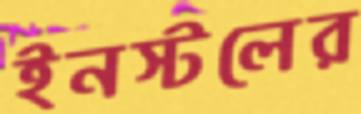
ইনস্টলের